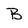
Character: B